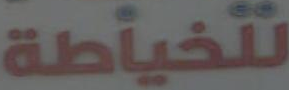
تتلخياطة